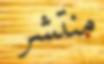
منتشر